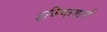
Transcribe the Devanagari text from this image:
इजिप्तमार्गे